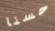
حسنا